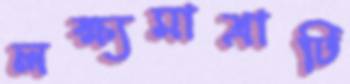
লক্ষ্যমাত্রাটি